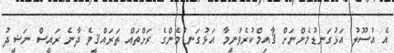
އެ އުސޫލު އަޅުގަނޑުމެންނަށް ޤާއިމްކުރެވުނީމާ އަޅުގަނޑުމެންގެ ރަށްތައް ތަރައްޤީވެ ދާނެ ރައީސް ނަޝީދު